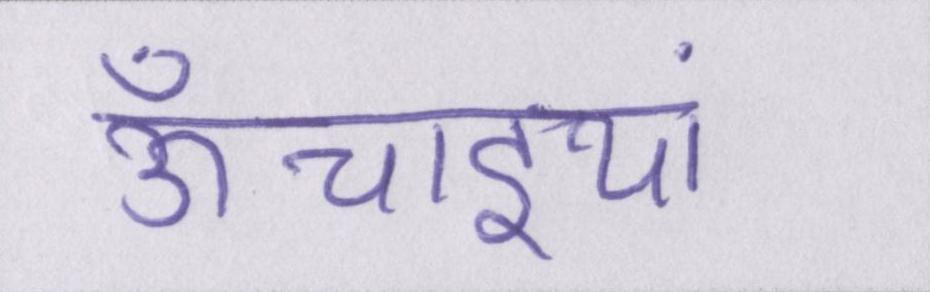
ऊँचाइयां